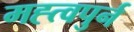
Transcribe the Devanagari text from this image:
मह्त्वपुर्न